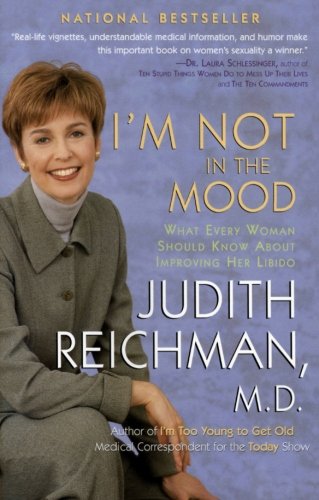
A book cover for I'm Not in the Mood: What Every Woman Should Know About Improving Her Libido; Judith Reichman; Health, Fitness & Dieting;